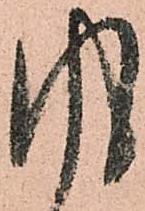
風